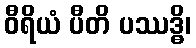
ဝီရိယံ ပီတိ ပဿဒ္ဓိ၊